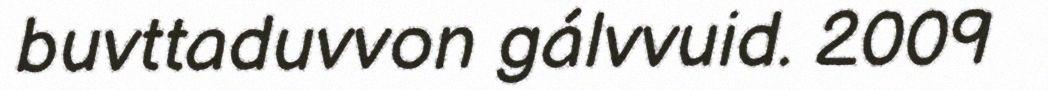
buvttaduvvon gálvvuid. 2009